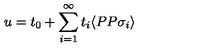
u = t _ { 0 } + \sum _ { i = 1 } ^ { \infty } t _ { i } \langle P P \sigma _ { i } \rangle